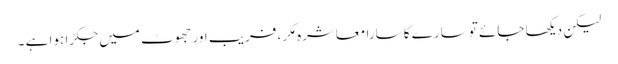
لیکن دیکھا جائے تو سارے کا سارا معاشرہ مَکر، فریب اور جھوٹ میں جکڑا ہوا ہے ۔